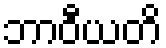
ဘာဝီယတိ